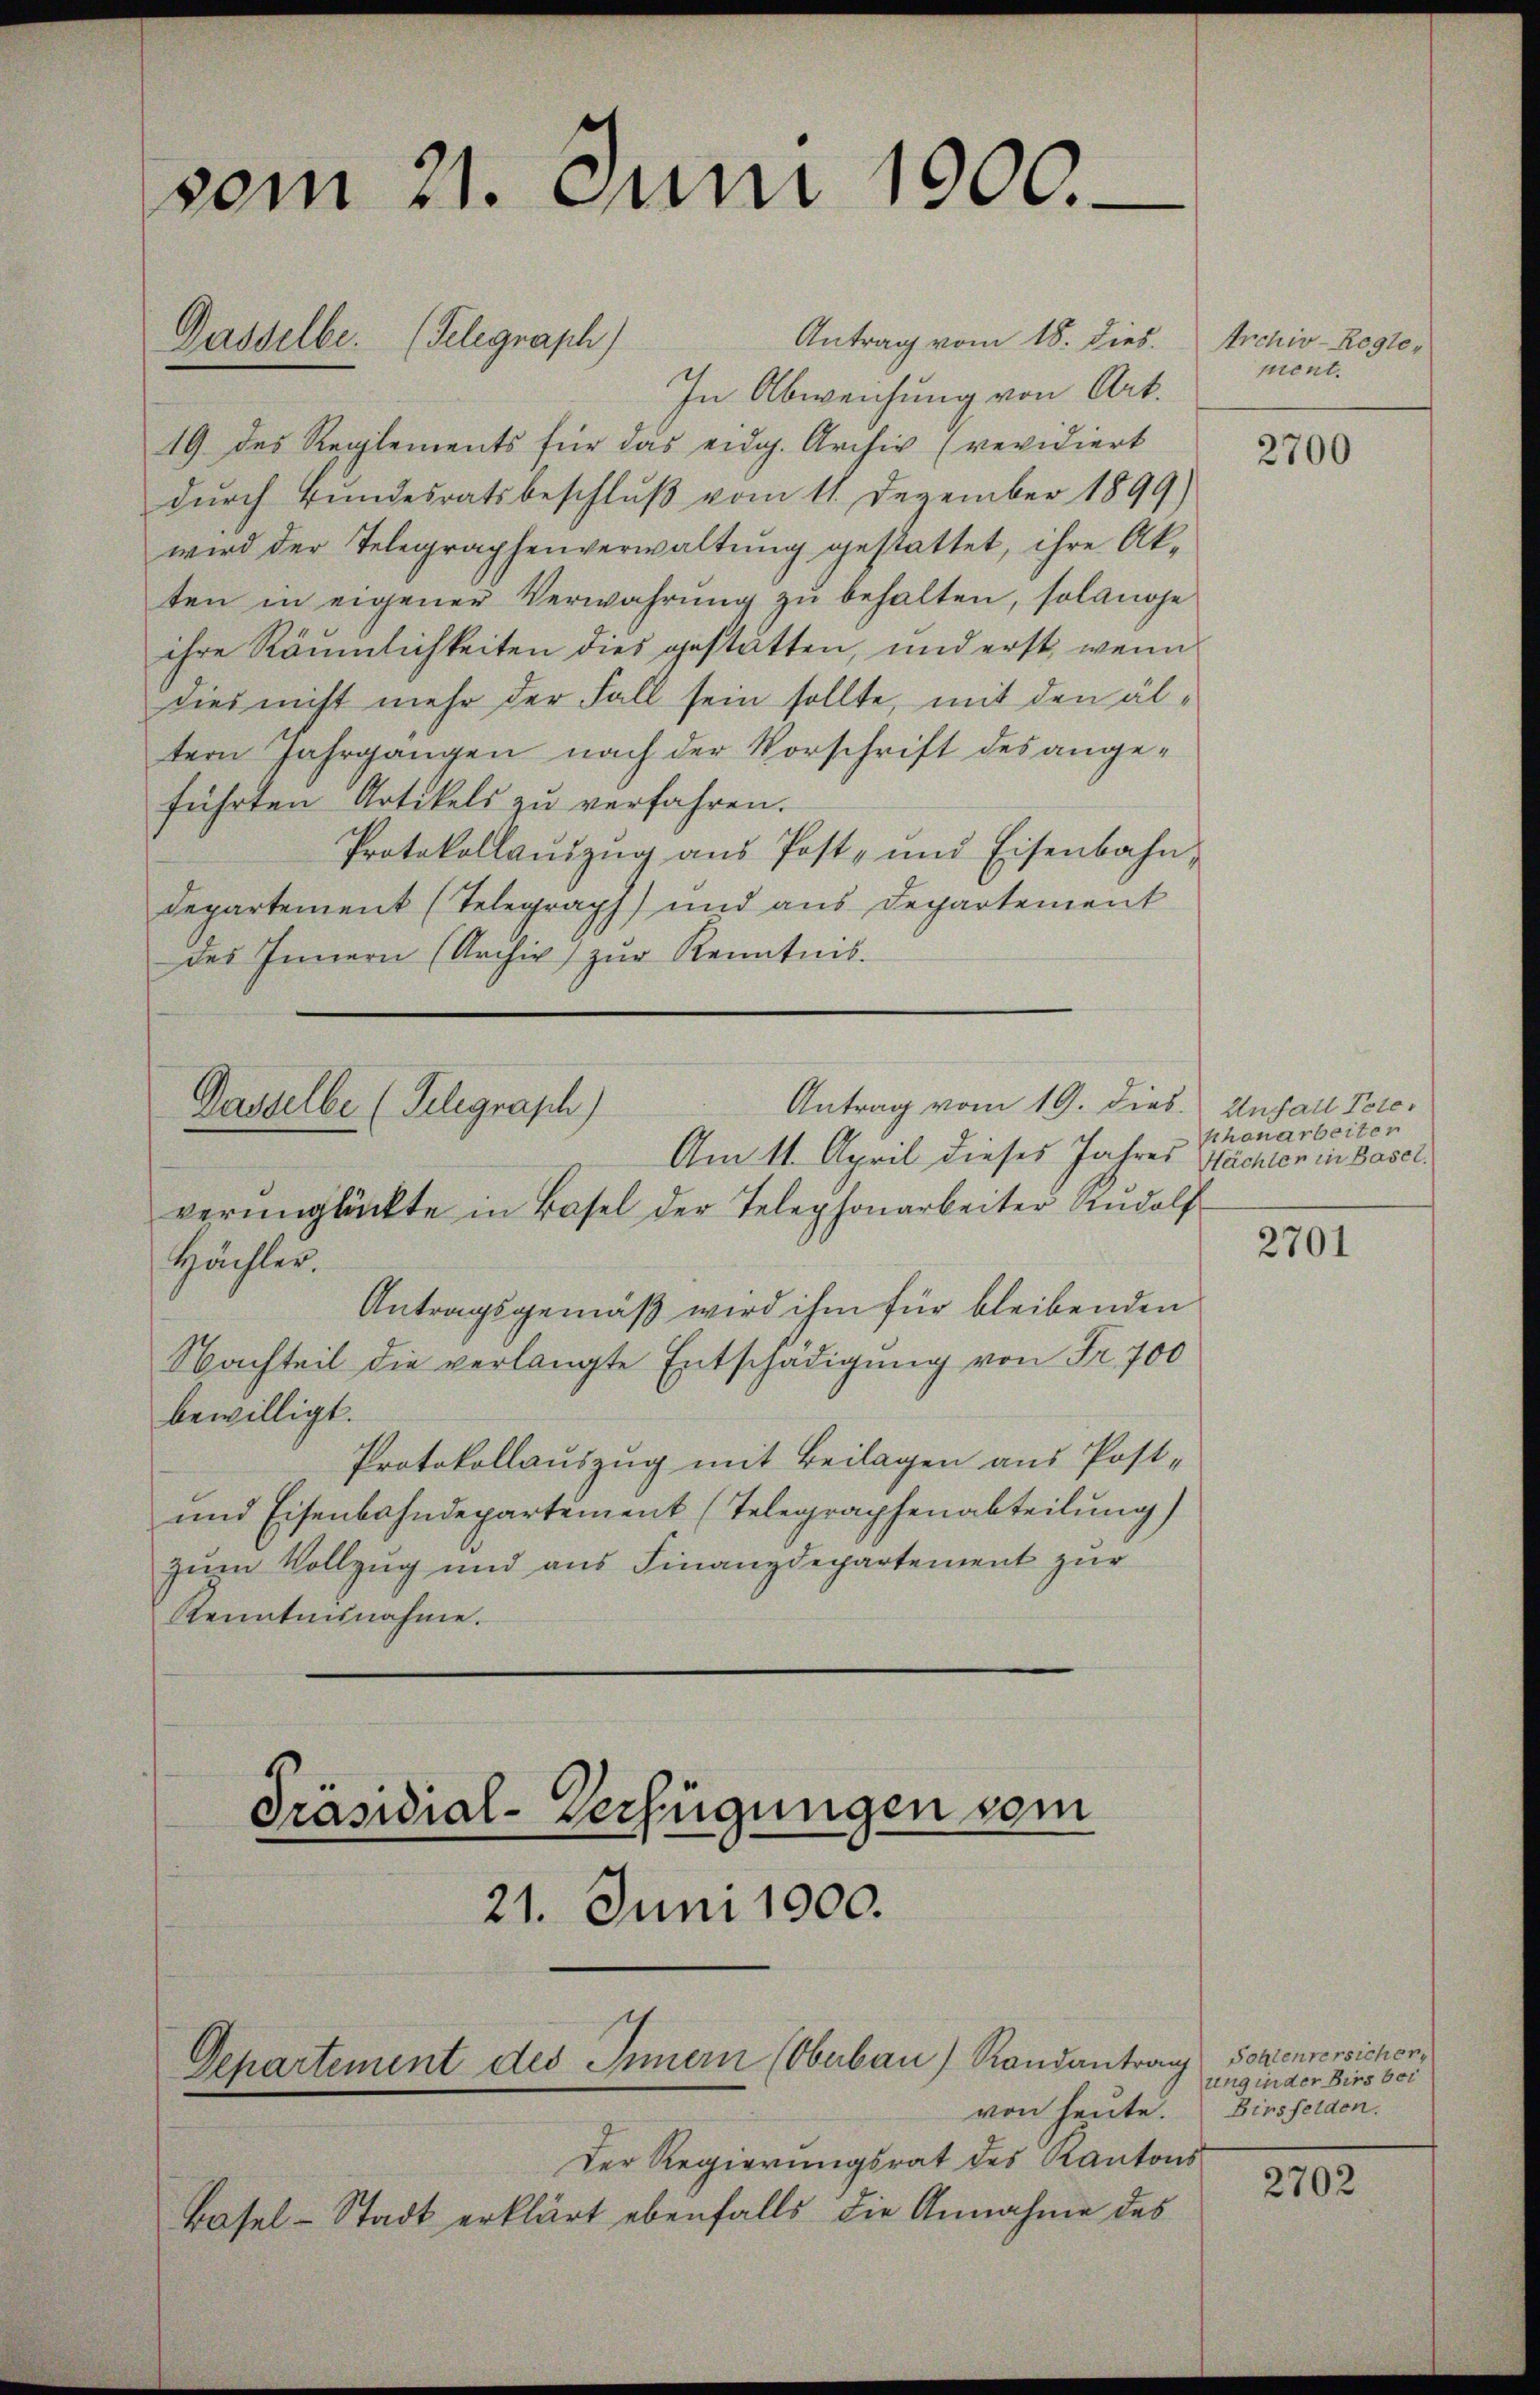
vom 21. Juni 1900.
Antrag vom 18. dies. Archiv-Regle¬
Dasselbe. (Telegraph

In Abweichung von Art.
19 des Reglements für das eidg. Archiv (revidiert
dŭrch Bŭndesratsbeschlŭβ vom 11. Dezember 1899)
wird der Telegraphenverwaltung gestattet, ihre Akten in eigener Verwahrŭng zŭ behalten, solanoje
ihre Räumlichkeiten dies gestätten, und erst, wenn
dies nicht mehr der Fall sein sollte, mit den ältern Jahrgangen nach der Vorschrift des ange-
führten Artikels zu verfahren.
Protokollaŭszŭg aŭs Post- und Eisenbahn-
Departement (Telegraph) und aus Departement
des Innern (Archiv zŭr Kenntnis.

Hächter.
Antragsgemäß wird ihm für bleibenden
Nachteil die verlangte Entschädigung von Fr. 700
bewilligt.
Protokollauszug mit Beilagen aus Post-
und Eisenbahndepartement (Telegraphenabteilung)
zum Vollzug und aus Finanzdepartement zur
Kenntnisnahme.

Antrag vom 19. dies Unfall Pete
Dasselbe (Telegraph)
Am 11. April dieses Jahres Nächten in Basel.
verunglückte in Basel der Telephonarbeiter Rudolf

Präsidial-Verfügungen vom
Departement des Innern (Oberbau) Randantrang Sortenversichen,
Der Regierungsrat des Kantons
Basel-Stadt erklärt ebenfalls die Annahme des

21. Juni 1900.

ment.

2700

shonarbeiten

2701

ung in der Birs bei
von heute. Birsfelden.

2702